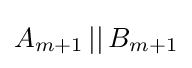
A_{m+1}\,||\,B_{m+1}